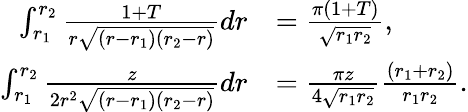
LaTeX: \begin{array}{rl}{\int_{r_{1}}^{r_{2}}\frac{1+T}{r\sqrt{(r-r_{1})(r_{2}-r)}}dr}&{=\frac{\pi(1+T)}{\sqrt{r_{1}r_{2}}},}\\ {\int_{r_{1}}^{r_{2}}\frac{z}{2r^{2}\sqrt{(r-r_{1})(r_{2}-r)}}dr}&{=\frac{\pi z}{4\sqrt{r_{1}r_{2}}}\frac{(r_{1}+r_{2})}{r_{1}r_{2}}.}\end{array}